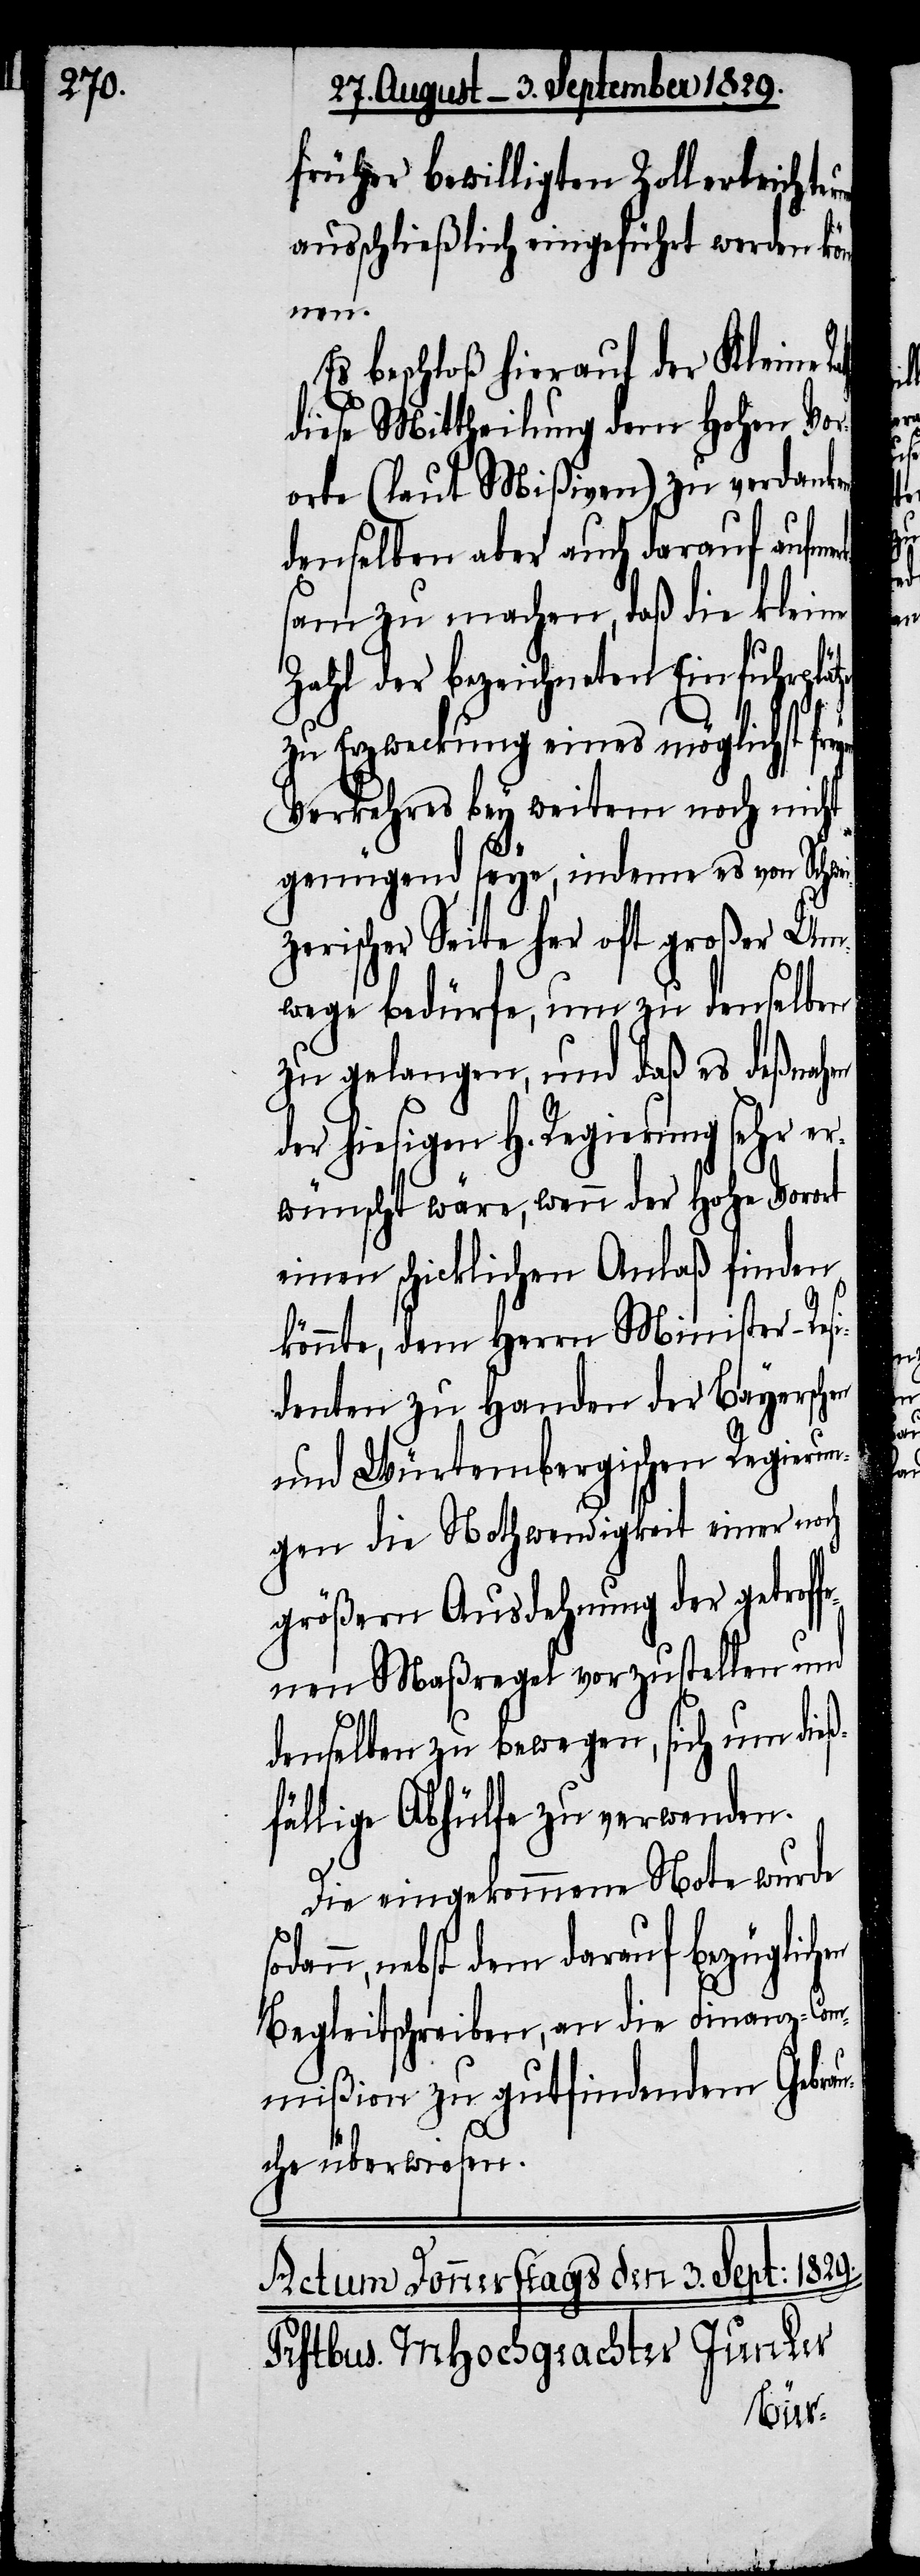
früher bewilligten Zollerleichter¬
ausschließlich eingeführt werden kön¬
nen.
Es beschloß hierauf der Kleine
diese Mittheilung dem Hohen Vor¬
orte (laut Mißiven) zu verdanke¬
denselben aber auch darauf aufme¬
sam zu machen, daß die kleine
Zahl der bezeichneten Einfuhrplät¬
zu Erzweckung eines möglichst fr¬
Verkehrs bey weitem noch nicht
genügend seye, indem es von Schweiz¬
erischer Seite her oft großer Um¬
wege bedürfe, um zu denselben
zu gelangen, und daß es deßnahen
der hiesigen H. Regierung sehr er¬
wünscht wäre, wenn der Hohe Vorort
einen schicklichen Anlaß finden
könnte, dem Herrn Minister-Resi¬
denten zu Handen der Bayerschen
und Würtembergischen Regierun¬
gen die Nothwendigkeit einer noch
größern Ausdehnung der getroff¬
enen Maßregel vorzustellen und
denselben zu bewegen, sich um dieß¬
fällige Abhülfe zu verwenden.
Die eingekommene Note wurde
dann, nebst dem darauf bezüglich¬
Begleitschreiben, an die Finanz-Co¬
mmißion zu gutfindendem Gebra¬
uche überwiesen.

so¬
en